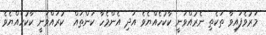
މަރުވެފައިވާ ތަކެތި ނެރުއްވަނީ ކާކުހެއްޔެވެ އަދި އެންމެހާ ކަންތައް  ކުރައްވަނީ ކާކުހެއްޔެވެ